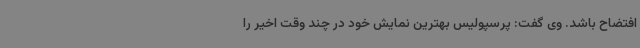
افتضاح باشد. وی گفت: پرسپولیس بهترین نمایش خود در چند وقت اخیر را